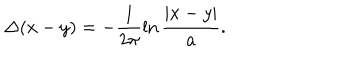
LaTeX: \Delta ( x - y ) = - \frac { 1 } { 2 \pi } \ln \frac { | x - y | } { a } .